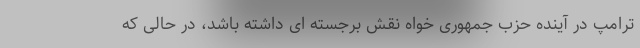
ترامپ در آینده حزب جمهوری خواه نقش برجسته ای داشته باشد، در حالی که